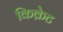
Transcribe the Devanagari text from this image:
किक्रेट